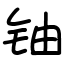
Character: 铀